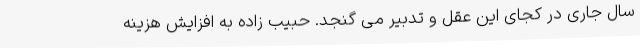
سال جاری در کجای این عقل و تدبیر می گنجد. حبیب زاده به افزایش هزینه